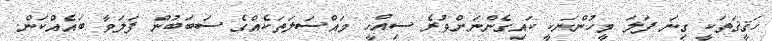
ހަޤީޤަތަކީ ގިނަ ފަލަ މީހުންނަކީ ކައިގެންނަށްވުރެ ސިއްހީ މައްސަލަތަކެއްގެ ސަބަބުން ފަލަވާ ބައެއްކަން.